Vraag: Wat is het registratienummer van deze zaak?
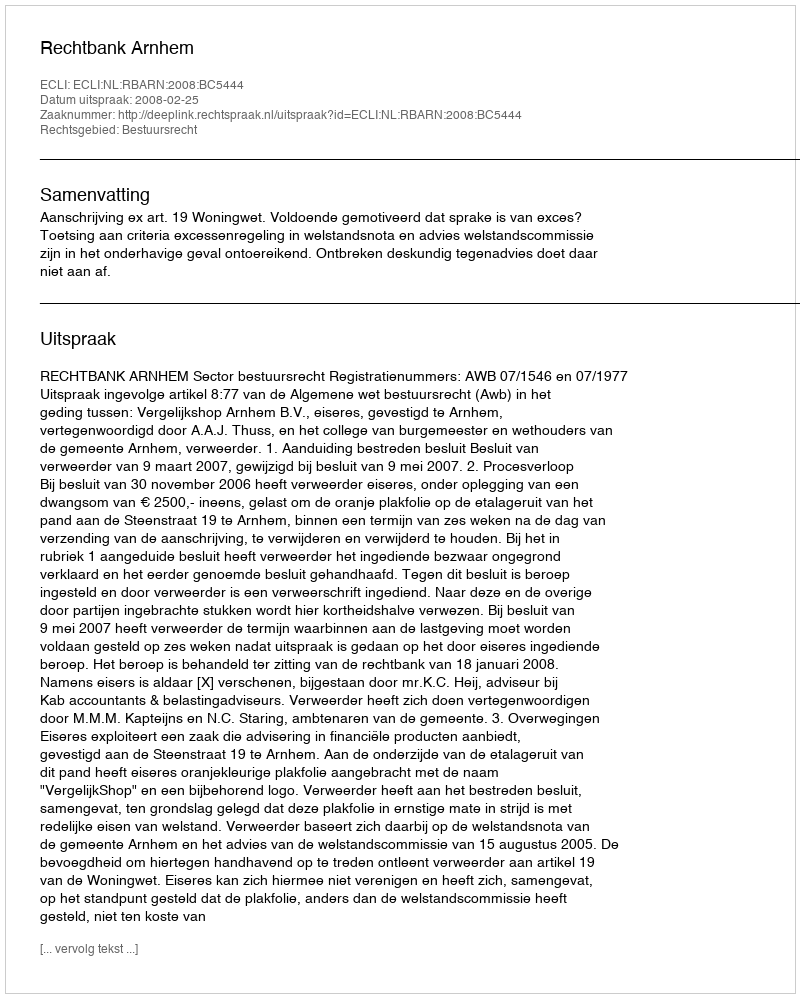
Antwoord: http://deeplink.rechtspraak.nl/uitspraak?id=ECLI:NL:RBARN:2008:BC5444